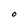
Character: O